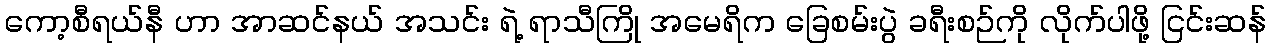
ကော့စီရယ်နီ ဟာ အာဆင်နယ် အသင်း ရဲ့ ရာသီကြို အမေရိက ခြေစမ်းပွဲ ခရီးစဉ်ကို လိုက်ပါဖို့ ငြင်းဆန်